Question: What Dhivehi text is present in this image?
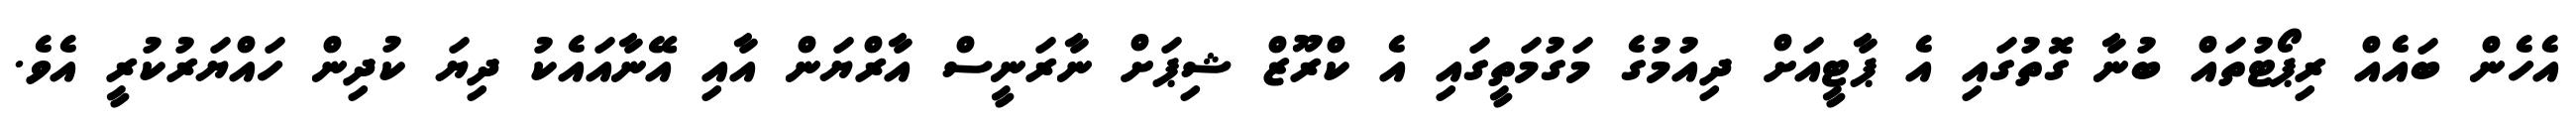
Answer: އެހެން ބައެއް ރިޕޯޓުތައް ބުނާ ގޮތުގައި އެ ޕާޓީއަށް ދިއުމުގެ މަގުމަތީގައި އެ ކްރޫޒް ޝިޕަށް ނާރަނީސް އާރްޔަން އާއި އޭނާއައެކު ދިޔަ ކުދިން ހައްޔަރުކުރީ އެވެ.